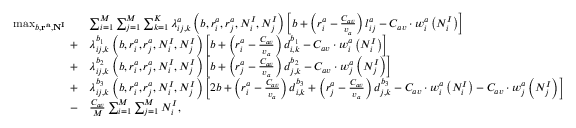
\begin{array} { r l } { \operatorname* { m a x } _ { b , \mathbf { r ^ { a } } , \mathbf { N ^ { I } } } \quad } & { \sum _ { i = 1 } ^ { M } \sum _ { j = 1 } ^ { M } \sum _ { k = 1 } ^ { K } \lambda _ { i j , k } ^ { a } \left( b , r _ { i } ^ { a } , r _ { j } ^ { a } , N _ { i } ^ { I } , N _ { j } ^ { I } \right) \left[ b + \left( r _ { i } ^ { a } - \frac { C _ { a v } } { v _ { a } } \right) l _ { i j } ^ { a } - C _ { a v } \cdot w _ { i } ^ { a } \left( N _ { i } ^ { I } \right) \right] } \\ { + } & { \lambda _ { i j , k } ^ { b _ { 1 } } \left( b , r _ { i } ^ { a } , r _ { j } ^ { a } , N _ { i } ^ { I } , N _ { j } ^ { I } \right) \left[ b + \left( r _ { i } ^ { a } - \frac { C _ { a v } } { v _ { a } } \right) d _ { i , k } ^ { b _ { 1 } } - C _ { a v } \cdot w _ { i } ^ { a } \left( N _ { i } ^ { I } \right) \right] } \\ { + } & { \lambda _ { i j , k } ^ { b _ { 2 } } \left( b , r _ { i } ^ { a } , r _ { j } ^ { a } , N _ { i } ^ { I } , N _ { j } ^ { I } \right) \left[ b + \left( r _ { j } ^ { a } - \frac { C _ { a v } } { v _ { a } } \right) d _ { j , k } ^ { b _ { 2 } } - C _ { a v } \cdot w _ { j } ^ { a } \left( N _ { j } ^ { I } \right) \right] } \\ { + } & { \lambda _ { i j , k } ^ { b _ { 3 } } \left( b , r _ { i } ^ { a } , r _ { j } ^ { a } , N _ { i } ^ { I } , N _ { j } ^ { I } \right) \left[ 2 b + \left( r _ { i } ^ { a } - \frac { C _ { a v } } { v _ { a } } \right) d _ { i , k } ^ { b _ { 3 } } + \left( r _ { j } ^ { a } - \frac { C _ { a v } } { v _ { a } } \right) d _ { j , k } ^ { b _ { 3 } } - C _ { a v } \cdot w _ { i } ^ { a } \left( N _ { i } ^ { I } \right) - C _ { a v } \cdot w _ { j } ^ { a } \left( N _ { j } ^ { I } \right) \right] } \\ { - } & { \frac { C _ { a v } } { M } \sum _ { i = 1 } ^ { M } \sum _ { j = 1 } ^ { M } N _ { i } ^ { I } , } \end{array}